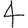
Digit: 4